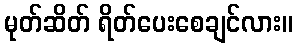
မုတ်ဆိတ် ရိတ်ပေးစေချင်လား။